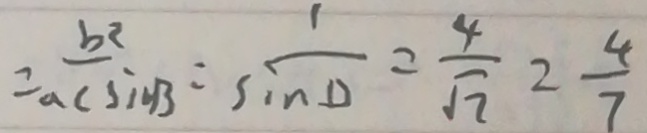
= \frac { b ^ { 2 } } { a c \sin B } = \frac { 1 } { \sin D } = \frac { 4 } { \sqrt { 7 } } = \frac { 4 } { 7 }